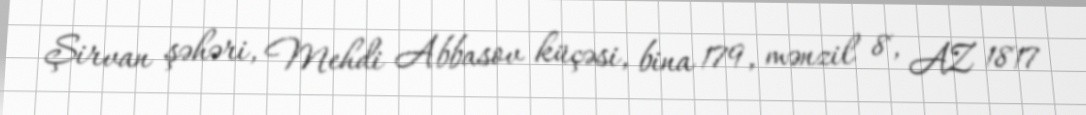
Şirvan şəhəri, Mehdi Abbasov küçəsi, bina 179, mənzil 8, AZ 1817